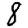
Digit: 8